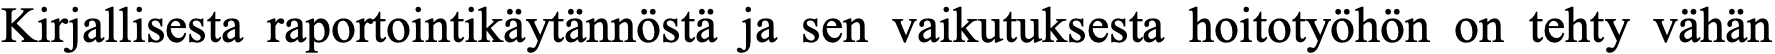
Kirjallisesta raportointikäytännöstä ja sen vaikutuksesta hoitotyöhön on tehty vähän